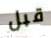
قبل